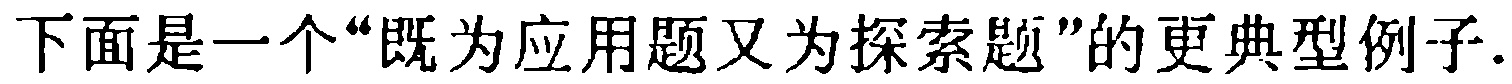
下面是一个“既为应用题又为探索题”的更典型例子.